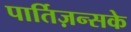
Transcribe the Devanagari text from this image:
पार्तिज़न्सके